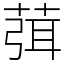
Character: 葞